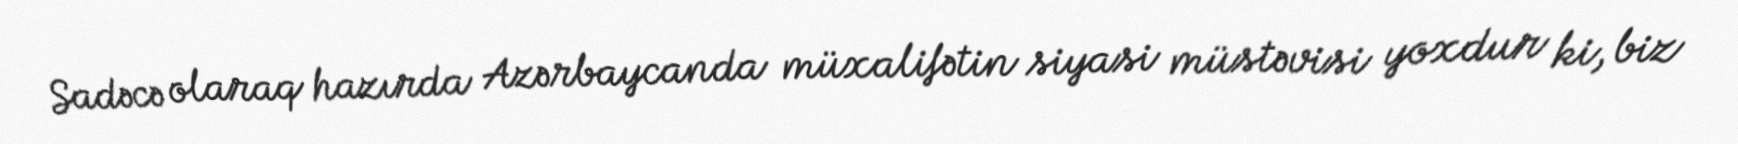
Sadəcə olaraq hazırda Azərbaycanda müxalifətin siyasi müstəvisi yoxdur ki, biz